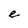
Character: e